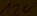
Text: 12V